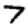
Digit: 7